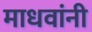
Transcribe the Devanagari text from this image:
माधवांनी